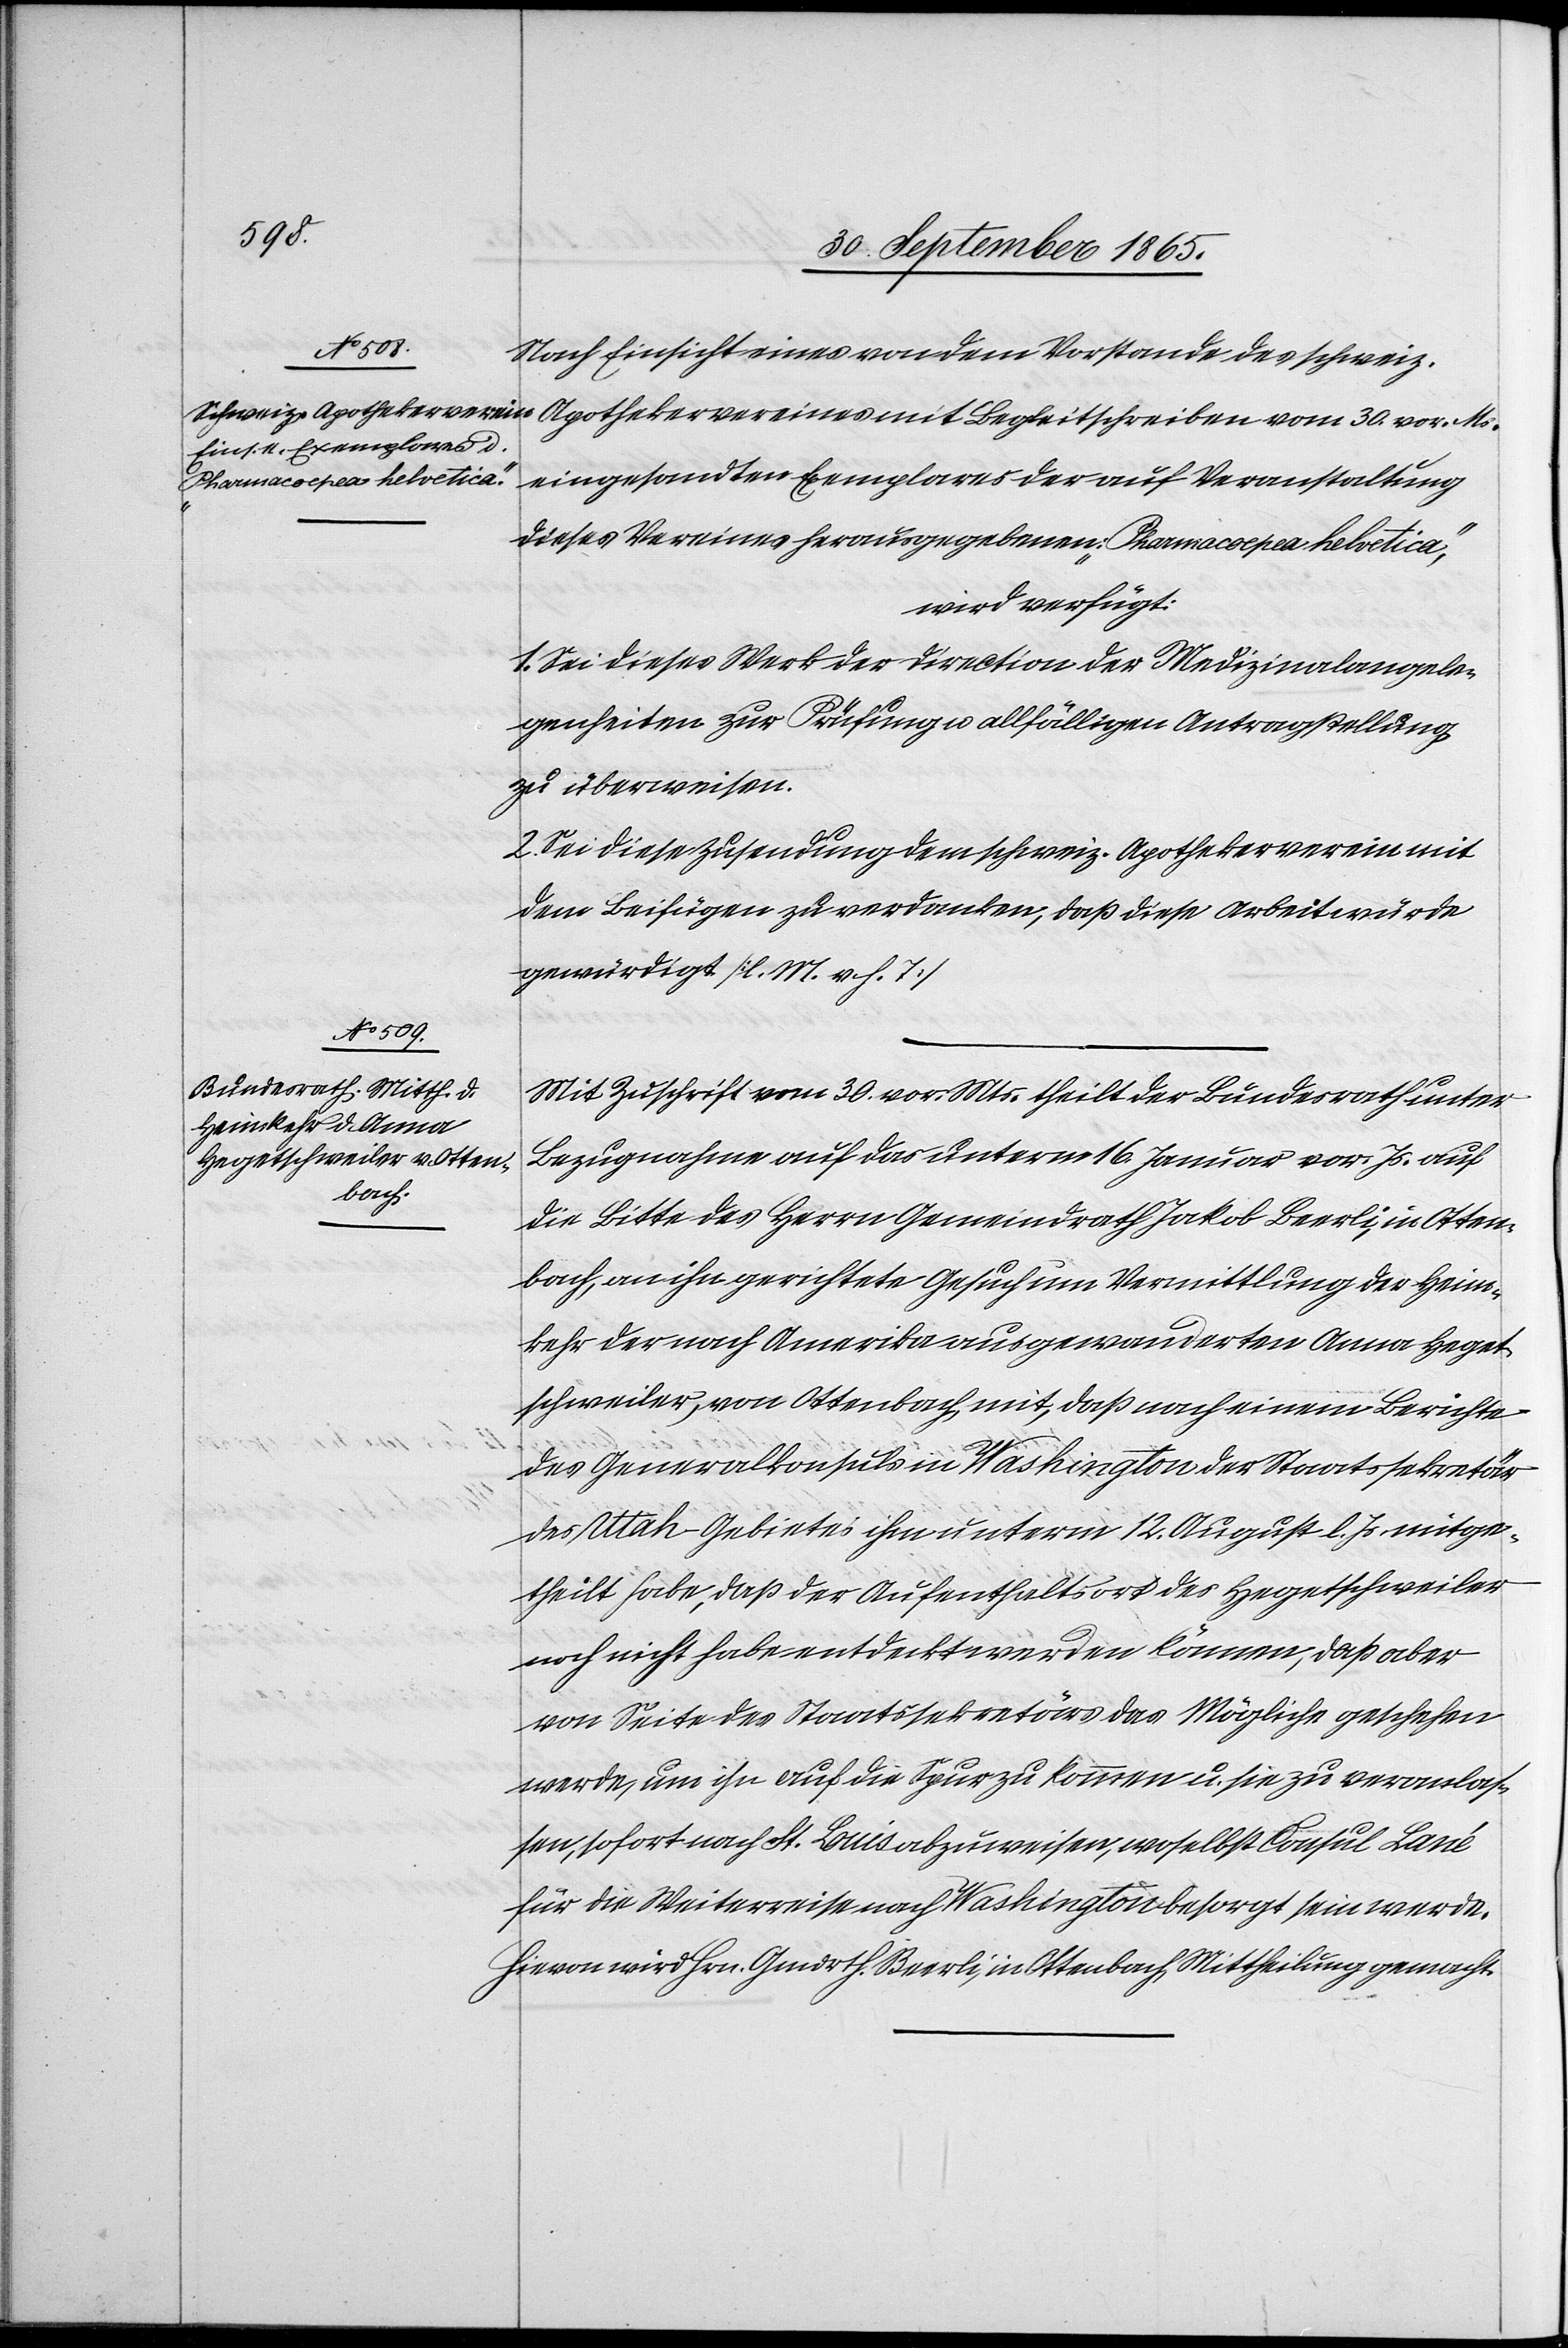
30.
Nach Einsicht eines von dem Vorstande des schweiz.
eingesandten Exemplares der auf Veranstaltung
dieses Vereines herausgegebenen: „Pharmacoepea Helvetica“,
wird verfügt:
1. Sei dieses Werk der Direction der Medizinalangele¬
genheiten zur Prüfung u. allfälligen Antragstellung
zu überweisen.
2. Sei diese Zusendung dem schweiz. Apothekerverein mit
dem Beifügen zu verdanken, daß diese Arbeit würde
gewürdigt. [l. M. v. h. T.]
Mit Zuschrift vom 30. vor. Mts. theilt der Bundesrath unter
Bezugnahme auf das unterm 16. Januar vor. Js. auf
die Bitte des Herrn Gemeindrath Jakob Beerli, in Otten¬
bach, an ihn gerichtete Gesuch um Vermittlung der Heim¬
kehr der nach Amerika ausgewanderten Anna Heget¬
schweiler, von Ottenbach mit, daß nach einem Berichte
des Generalkonsuls in Washington der Staatssekretär
des Utah-Gebietes ihn unterm 12. August l. Js. mitge¬
theilt habe, daß der Aufenthaltsort des Hegetschweiler
noch nicht habe entdeckt werden können, daß aber
von Seite des Staatssekretärs das Mögliche geschehen
werde, um ihn auf die Spur zu kommen u. sie zu veranlas¬
sen, sofort nach St. Buis abzuweisen, woselbst Consul Lané
für die Weiterreise nach Washington besorgt sein werde.
Hievon wird Hrn. Gmdrth. Beerli, in Ottenbach Mittheilung gemacht.